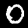
Digit: 0